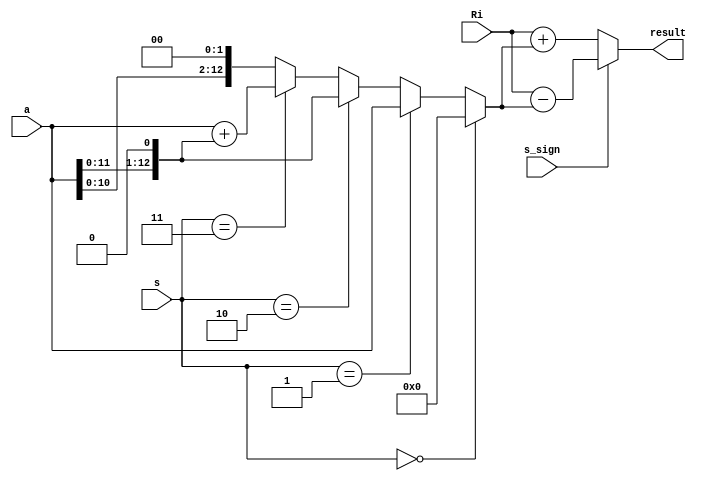
`timescale 1ns / 1ps
//////////////////////////////////////////////////////////////////////////////////
// Company: 
// Engineer: 
// 
// Design Name: 
// Module Name:    s_mul 
// Project Name: 
// Target Devices: 
// Tool versions: 
// Description: 
//
// Dependencies: 
//
// Revision: 
// Revision 0.01 - File Created
// Additional Comments: 
//
//////////////////////////////////////////////////////////////////////////////////
module small_alu(Ri, a, s, s_sign, result);
input [12:0] Ri, a;
input [2:0] s;
input s_sign;
output [12:0] result;

wire [12:0] ax3 = a + {a[11:0],1'b0};

wire [12:0] a_mul_s = (s==3'd0) ? 13'd0
					:(s==3'd1) ? a
					:(s==3'd2) ? {a[11:0],1'b0}
					:(s==3'd3) ? ax3
					:{a[10:0],2'b00};
					
wire [12:0] result = (s_sign) ? (Ri - a_mul_s) : (Ri + a_mul_s);

endmodule